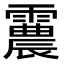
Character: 𩅽